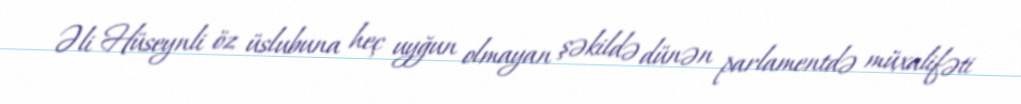
Əli Hüseynli öz üslubuna heç uyğun olmayan şəkildə dünən parlamentdə müxalifəti